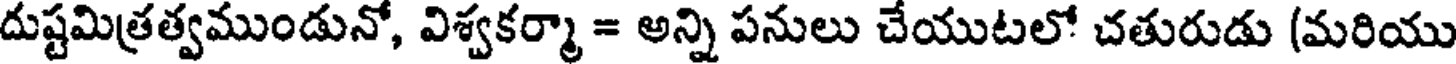
దుష్టమిత్రత్వముండునో, విశ్వకర్మా = అన్ని పనులు చేయుటలో చతురుడు (మరియు